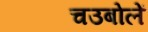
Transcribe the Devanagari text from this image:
चउबोलें